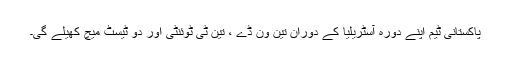
پاکستانی ٹیم اپنے دورہ آسٹریلیا کے دوران تین ون ڈے ، تین ٹی ٹوئنٹی اور دو ٹیسٹ میچ کھیلے گی۔